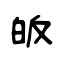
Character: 皈